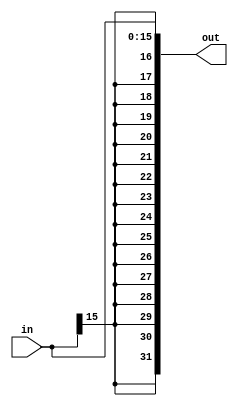
module signExtend(
    input [15:0] in,
    output[31:0] out);
    assign out = {{16{in[15]}},in};
endmodule